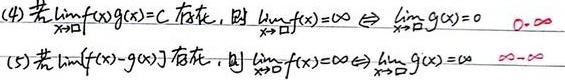
(4) 若$\lim_{x \to \square} f(x)g(x)=C$存在，则$\lim_{x \to \square} f(x)=\infty \Leftrightarrow \lim_{x \to \square} g(x)=0$  $0\cdot\infty$

(5) 若$\lim_{x \to \square} [f(x)-g(x)]$存在